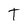
Character: T